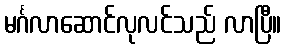
မင်္ဂလာဆောင်လုလင်သည် လာပြီ။